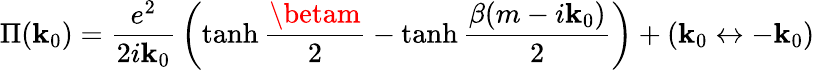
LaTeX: \Pi(\mathbf{k}_{0})={\frac{{e^{2}}}{{2i\mathbf{k}_{0}}}}\left(\operatorname{tanh}{\frac{{\betam}}{{2}}}-\operatorname{tanh}{\frac{{\beta(m-i\mathbf{k}_{0})}}{{2}}}\right)+(\mathbf{k}_{0}\leftrightarrow-\mathbf{k}_{0})